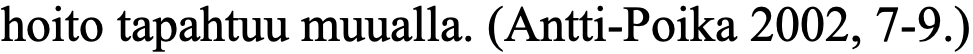
hoito tapahtuu muualla. (Antti-Poika 2002, 7-9.)